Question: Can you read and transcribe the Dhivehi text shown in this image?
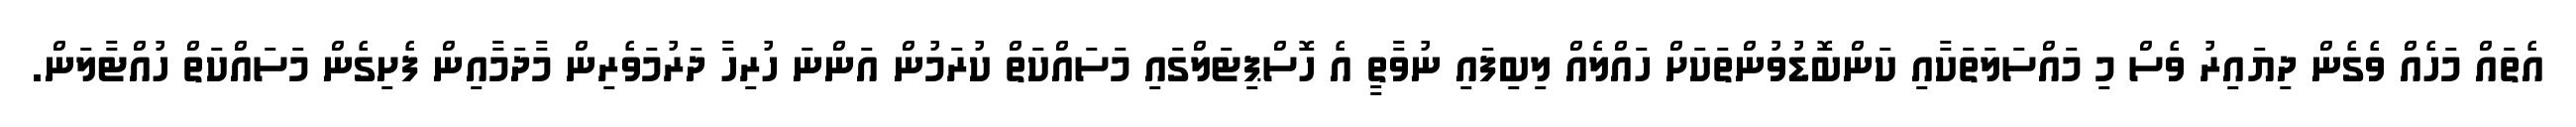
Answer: އެތައް މަހެއް ވެގެން ދިޔައިރު ވެސް މި މައްސަލަތަކާއި ކަންބޮޑުވުންތަކަށް ހައްލެއް ލިބިފައި ނުވާތީ އެ ހޮސްޕިޓަލްގައި މަސައްކަތް ކުރަމުން އަންނަ ހުރިހާ ދަރުމަވެރިން މާދަމާއިން ފެށިގެން މަސައްކަތް ހުއްޓާލަން.